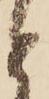
と